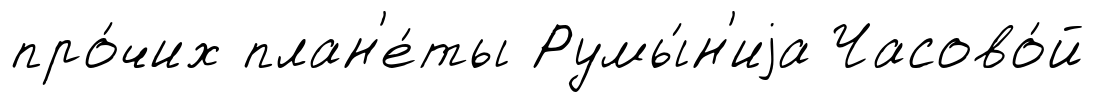
про́чих план'е́ты Румы́н'иjа Часово́й